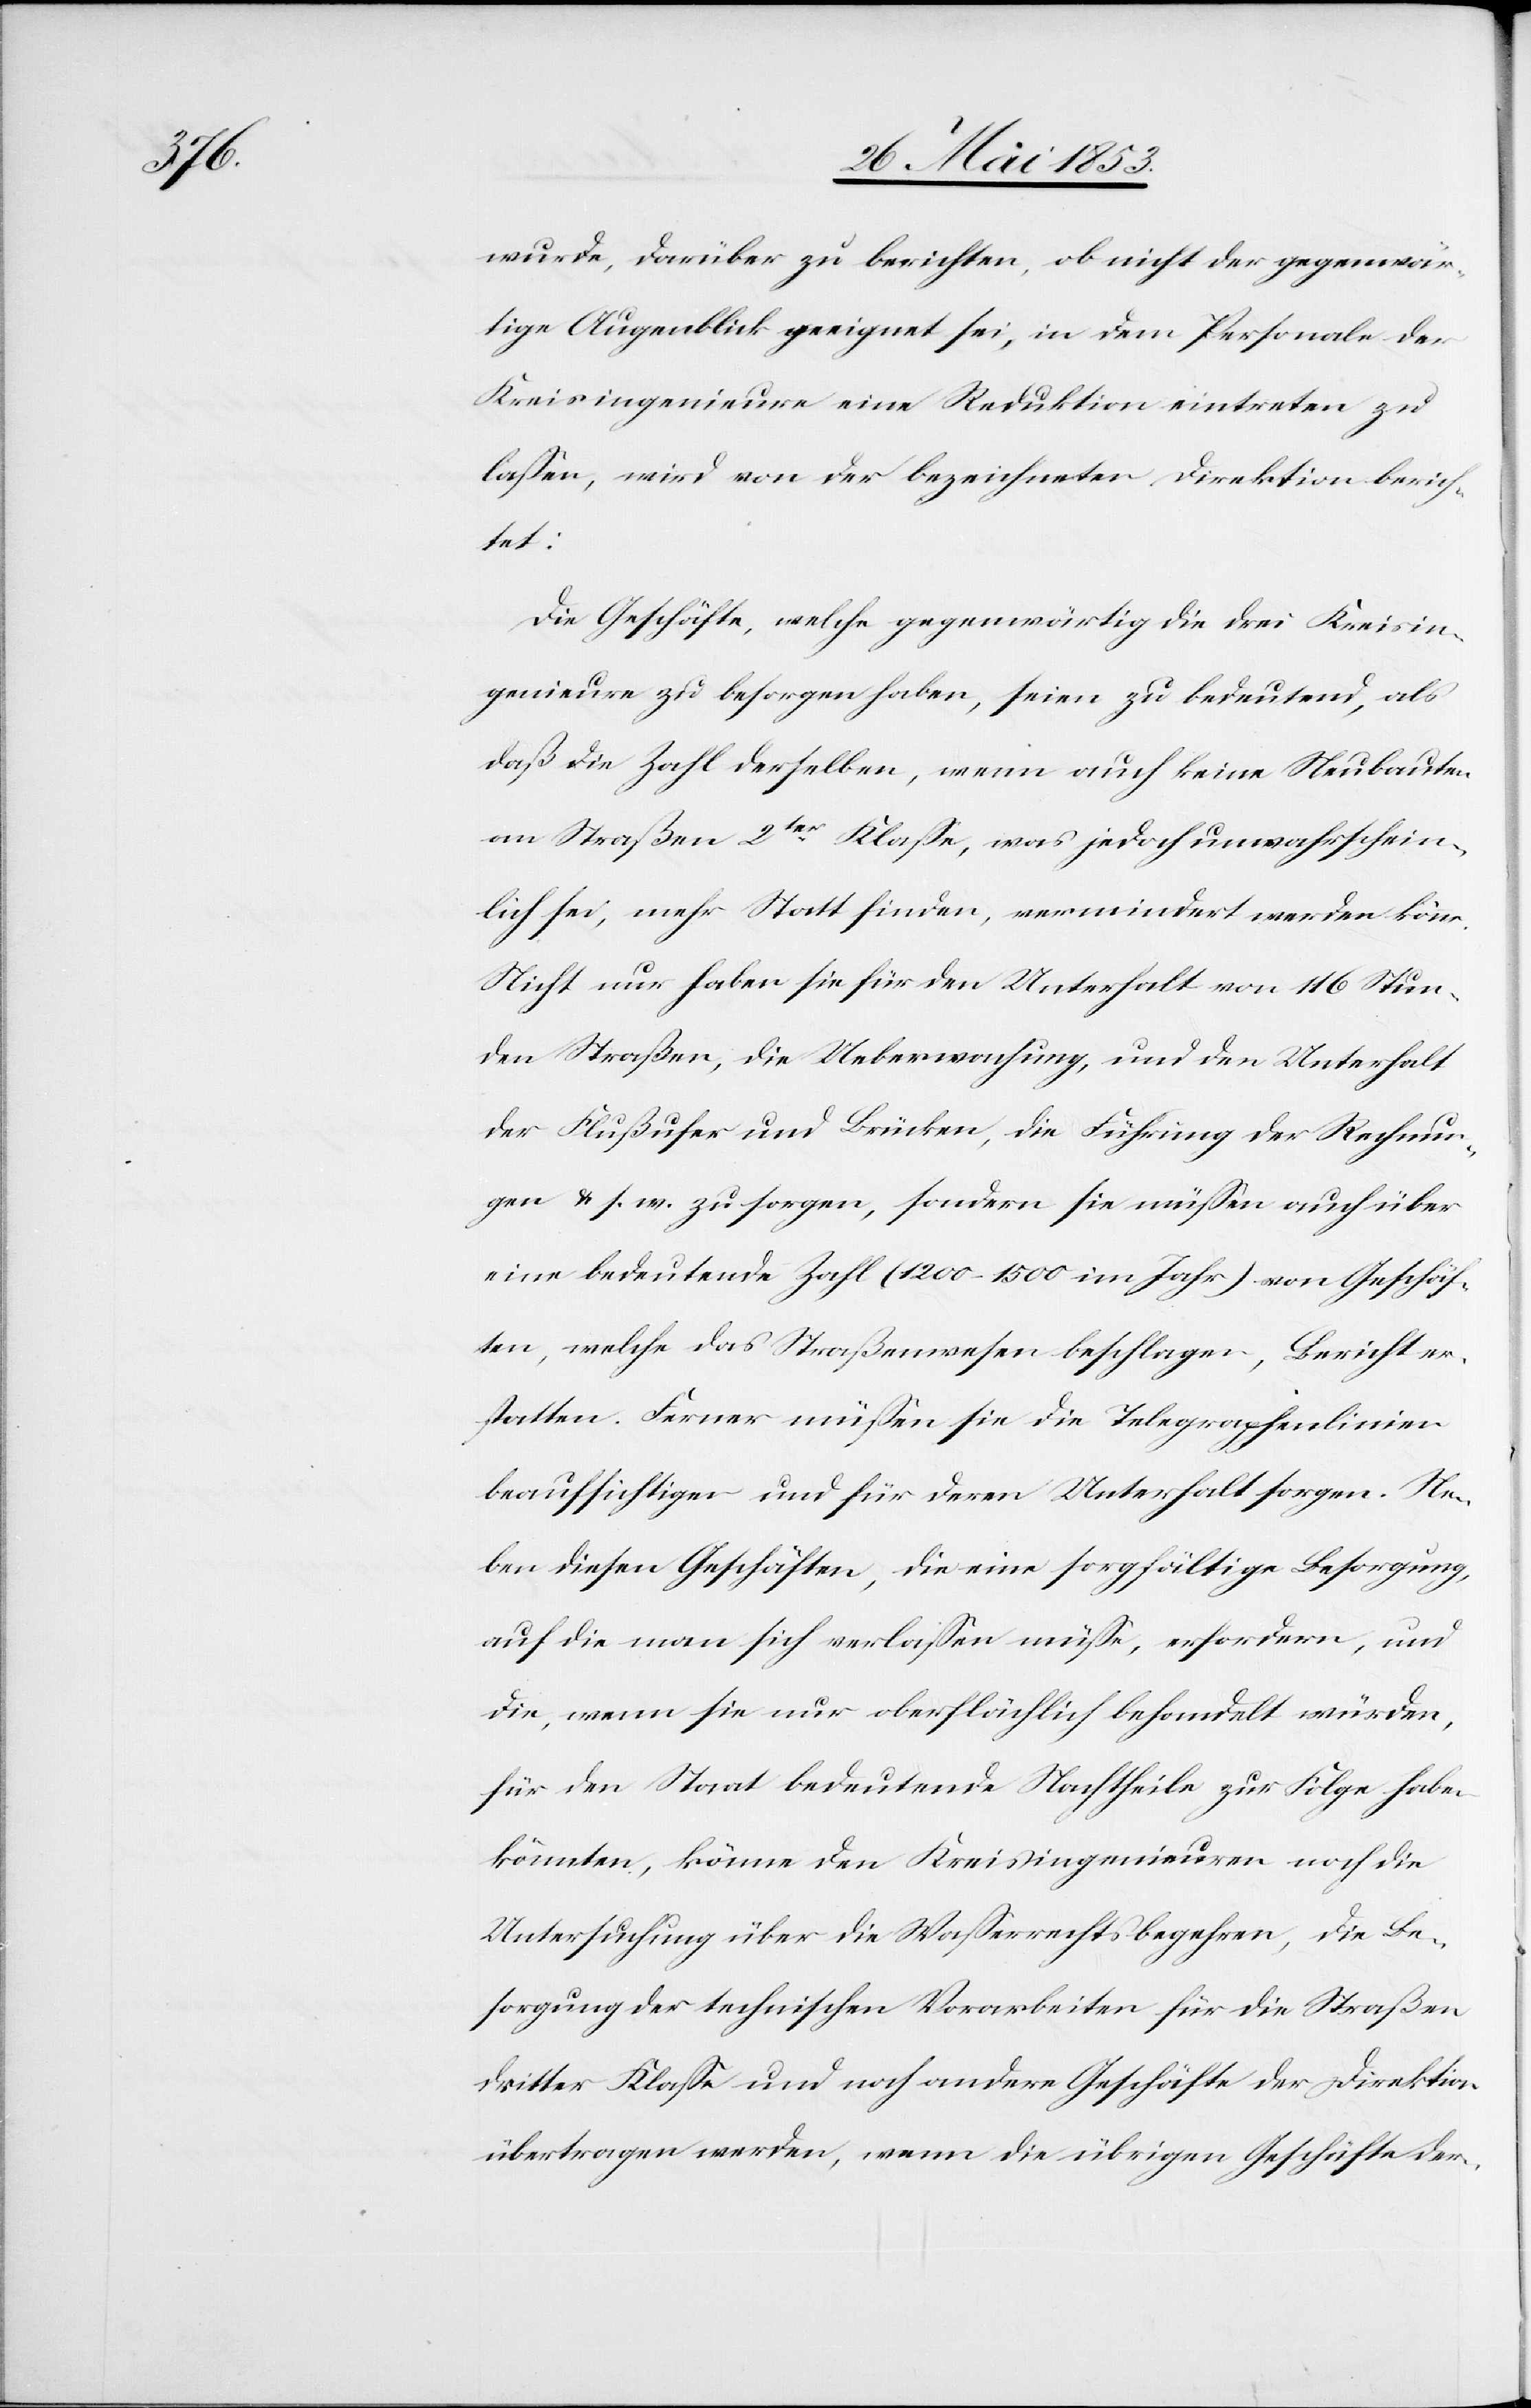
wurde, darüber zu berichten, ob nicht der gegenwär¬
tige Augenblick geeignet sei, in dem Personale der
Kreisingenieure eine Reduktion eintreten zu
laßen, wird von der bezeichneten Direktion berich¬
tet:
Die Geschäfte, welche gegenwärtig die drei Kreisin¬
genieure zu besorgen haben, seien zu bedeutend, als
daß die Zahl derselben, wenn auch keine Neubauten
an Straßen 2ter. Klaße, was jedoch unwahrschein¬
lich sei, mehr Statt finden, vermindert werden könne.
Nicht nur haben sie für den Unterhalt von 116 Stun¬
den Straßen, die Ueberwachung, und den Unterhalt
der Flußufer und Brücken, die Führung der Rechnun¬
gen u. s. w. zu sorgen, sondern sie müßen auch über
eine bedeutende Zahl (1200–1500 im Jahr) von Geschäf¬
ten, welche das Straßenwesen beschlagen, Bericht ers¬
tatten. Ferner müßen sie die Telegraphenlinien
beaufsichtigen und für deren Unterhalt sorgen. Ne¬
ben diesen Geschäften, die eine sorgfältige Besorgung,
auf die man sich verlaßen müße, erfordern, und
die, wenn sie nur oberflächlich behandelt würden,
für den Staat bedeutende Nachtheile zur Folge haben
könnten, könne den Kreisingenieuren noch die
Untersuchung über die Waßerrechtsbegehren, die Be¬
sorgung der technischen Vorarbeiten für die Straßen
dritter Klaße und noch andere Geschäfte der Direktion
übertragen werden, wenn die übrigen Geschäfte der-